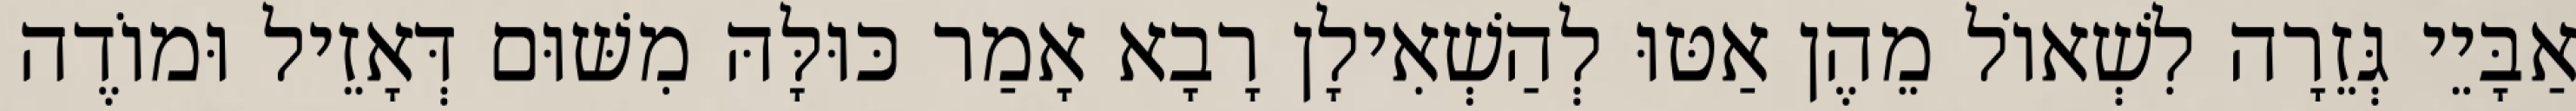
אַבָּיֵי גְּזֵרָה לִשְׁאוֹל מֵהֶן אַטּוּ לְהַשְׁאִילָן רָבָא אָמַר כּוּלָּהּ מִשּׁוּם דְּאָזֵיל וּמוֹדֶה